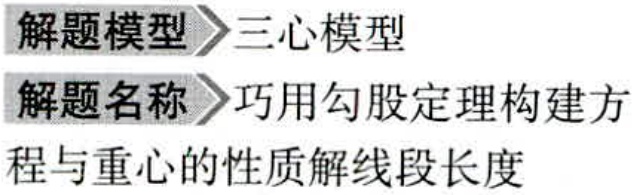
解题模型 三心模型
解题名称 巧用勾股定理构建方
程与重心的性质解线段长度